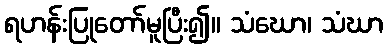
ရဟန်းပြုတော်မူပြီး၍။ သံဃော၊ သံဃာ